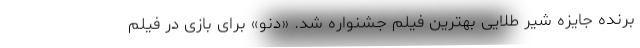
برنده جایزه شیر طلایی بهترین فیلم جشنواره شد. «دنو» برای بازی در فیلم